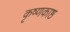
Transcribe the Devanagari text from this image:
कृष्णकाष्ठ